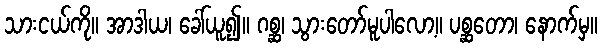
သားငယ်ကို။ အာဒါယ၊ ခေါ်ယူ၍။ ဂစ္ဆ၊ သွားတော်မူပါလော့။ ပစ္ဆတော၊ နောက်မှ။